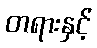
တရားနှင့်